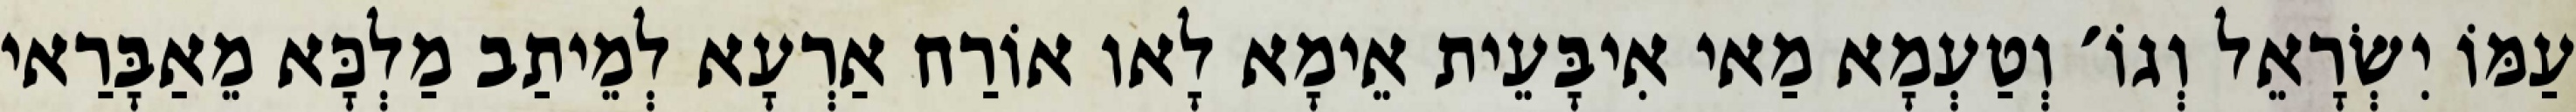
עַמּוֹ יִשְׂרָאֵל וְגוֹ׳ וְטַעְמָא מַאי אִיבָּעֵית אֵימָא לָאו אוֹרַח אַרְעָא לְמֵיתַב מַלְכָּא מֵאַבָּרַאי